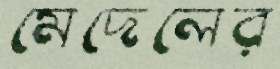
মেদেলের